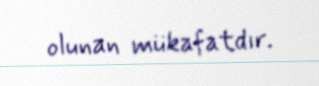
olunan mükafatdır.